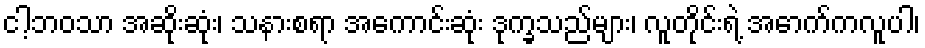
ငါ့ဘဝသာ အဆိုးဆုံး၊ သနားစရာ အကောင်းဆုံး ဒုက္ခသည်များ၊ လူတိုင်းရဲ့ အောက်ကလူပါ၊